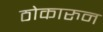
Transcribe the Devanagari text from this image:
ठोकारुन